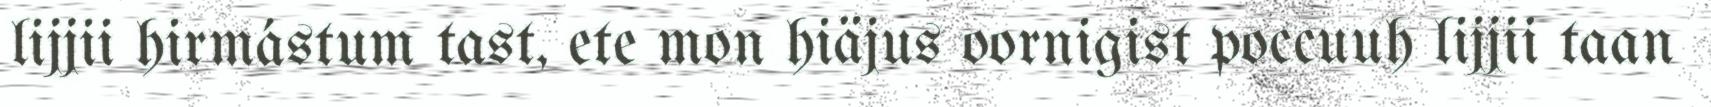
lijjii hirmástum tast, ete mon hiäjus oornigist poccuuh lijjii taan